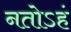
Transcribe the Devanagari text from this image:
नतोऽहं